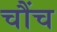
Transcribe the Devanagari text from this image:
चौंच